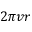
2 \pi v r